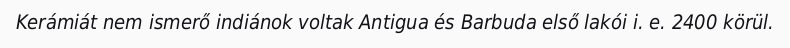
Kerámiát nem ismerő indiánok voltak Antigua és Barbuda első lakói i. e. 2400 körül.